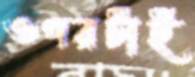
ওপরটাই